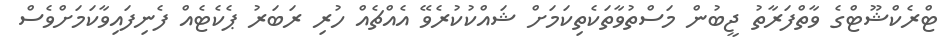
ޓްރެކްޝޫޓްގެ ވާތްފަރާތު ޖީބުން މަސްތުވާތަކެތިކަމަށް ޝައްކުކުރެވޭ އެއްޗެއް ހުރި ރަބަރު ޕެކެޓެއް ފެނިފައިވާކަމަށްވެސް